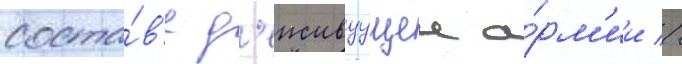
соста́в'е д'еиствуущеи а́рм'ии //